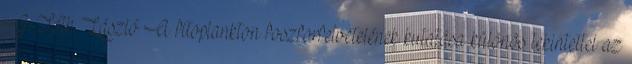
G.-Tóth László A fitoplankton foszforfelvételének kutatása különös tekintettel az